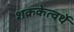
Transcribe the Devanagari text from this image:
शक्रकेत्वर्थे